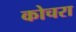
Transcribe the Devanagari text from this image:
कोचरा